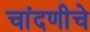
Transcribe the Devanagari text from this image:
चांदणीचे